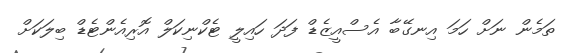
ތަމެން ނަށް ހަމަ އިނގޭބާ އެސްއީޒެޑް ފަދަ ހައިލީ ޓެކްނިކަލް އޮރިއެންޓެޑް ބިލަކަށް